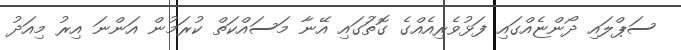
ސަޕްލައި ދޯންޏެއްގައި ފަޅުވެރިއެއްގެ ގޮތަުގައި އޭނާ މަސައްކަތް ކުރަމުން އަންނަ އިރު މިއަދު